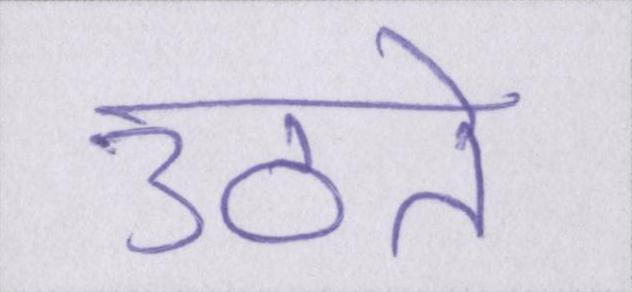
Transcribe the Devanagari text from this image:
उठते